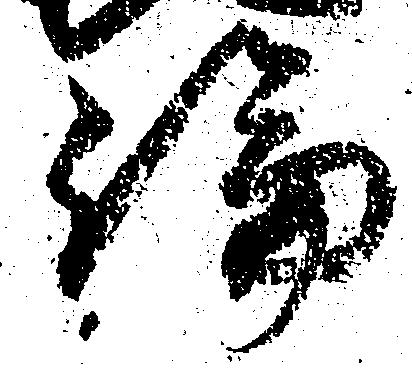
論